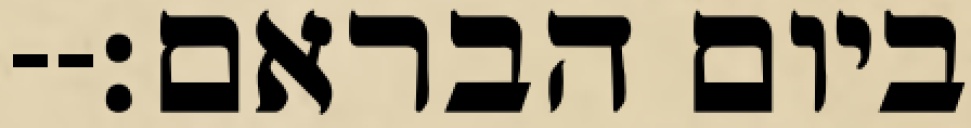
ביום הבראם׃--